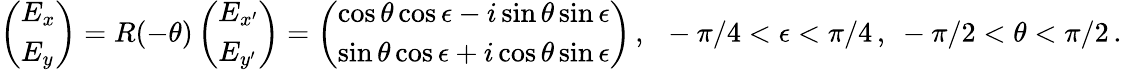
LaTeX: \left(\begin{array}{l}{E_{x}}\\ {E_{y}}\end{array}\right)=R(-\theta)\left(\begin{array}{l}{E_{x^{\prime}}}\\ {E_{y^{\prime}}}\end{array}\right)=\left(\begin{array}{l}{\cos\theta\cos\epsilon-i\sin\theta\sin\epsilon}\\ {\sin\theta\cos\epsilon+i\cos\theta\sin\epsilon}\end{array}\right)\, ,~~-\pi/4<\epsilon<\pi/4\, ,~-\pi/2<\theta<\pi/2\, .